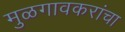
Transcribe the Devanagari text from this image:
मुळगावकरांचा